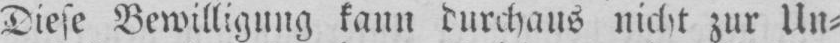
Diese Bewilligung kann durchaus nicht zur Un⸗